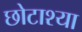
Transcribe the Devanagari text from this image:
छोटाश्या